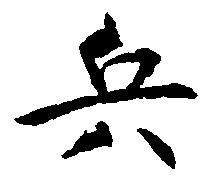
兵